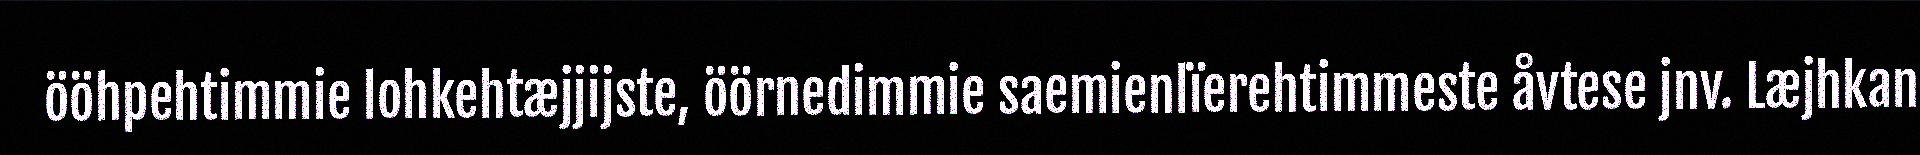
ööhpehtimmie lohkehtæjjijste, öörnedimmie saemienlïerehtimmeste åvtese jnv. Læjhkan